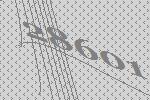
28601